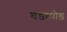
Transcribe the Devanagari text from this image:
घडामोड